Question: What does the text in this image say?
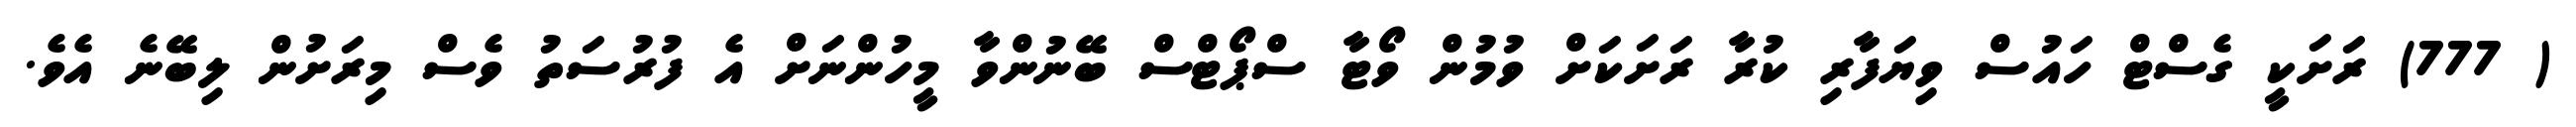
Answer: ( 777) ރަށަކީ ގެސްޓް ހައުސް ވިޔަފާރި ކުރާ ރަށަކަށް ވުމުން ވޯޓާ ސްޕޯޓްސް ބޭނުންވާ މީހުންނަށް އެ ފުރުސަތު ވެސް މިރަށުން ލިބޭނެ އެވެ.